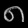
Digit: ၈